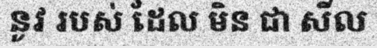
នូវ របស់ ដែល មិន ជា សីល